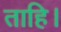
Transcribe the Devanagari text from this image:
ताहि।